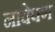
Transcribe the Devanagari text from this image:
नावेपण